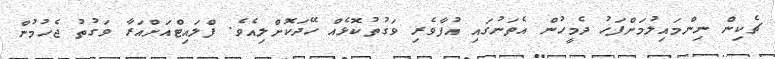
ޗެކިން ނިންމައިލުމަށްފަހު ދެމީހުން އެތަނުގައި އުފާވެރި ވަގުތުކޮޅެއް ހޭދަކޮށްލިއެވެ. ފްލައިޓްއަށްއަރާާ ވަގުތު ޖެހުމުން